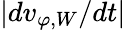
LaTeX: \lvert dv_{\varphi,W}/dt\rvert